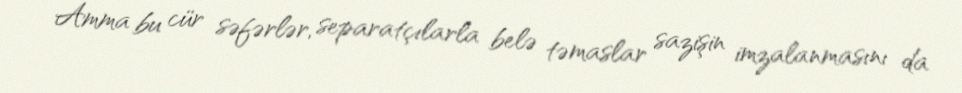
Amma bu cür səfərlər, separatçılarla belə təmaslar sazişin imzalanmasını da